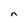
Character: n